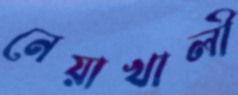
নেয়াখালী